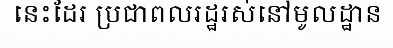
នេះដែរ ប្រជាពលរដ្ឋរស់នៅមូលដ្ឋាន